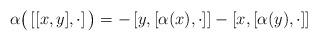
LaTeX: \begin{align*}\alpha\big(\left[ [x,y],\cdot \right] \big) =-\left[ y,[\alpha(x), \cdot] \right] -\left[ x,[\alpha(y), \cdot] \right] \end{align*}